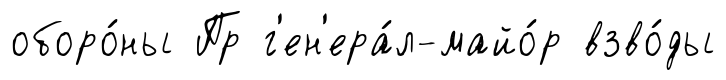
оборо́ны Пр г'ен'ера́л-майо́р взво́ды